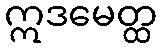
ဣဒမေတ္ထ